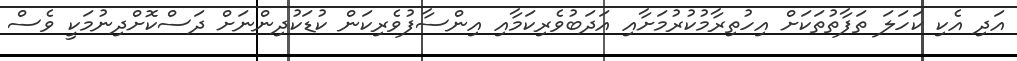
އަދި އެކި ކަހަލަ ތަފާތުތަކަށް އިހުތިރާމުކުރުމަށާއި އަދަބުވެރިކަމާއި އިންސާފުވެރިކަން ކުޑަކުދިންނަށް ދަސްކޮށްދިނުމަކީ ވެސް